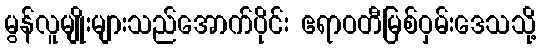
မွန်လူမျိုးများသည်အောက်ပိုင်း ဧရာဝတီမြစ်ဝှမ်းဒေသသို့